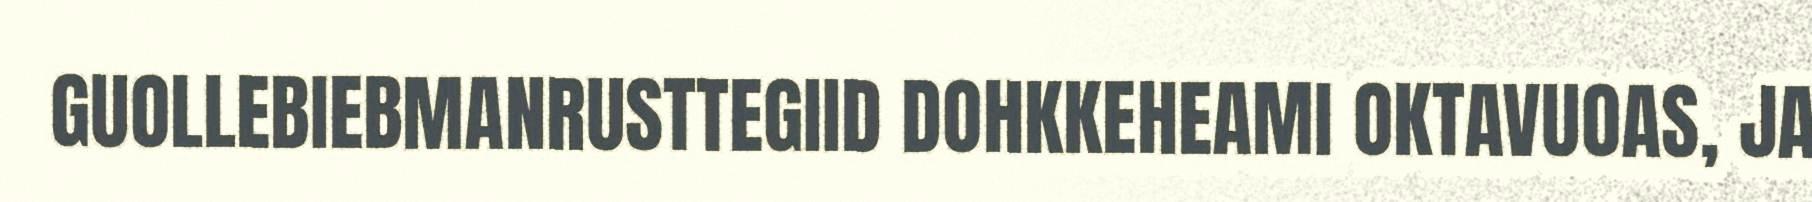
GUOLLEBIEBMANRUSTTEGIID DOHKKEHEAMI OKTAVUOAS, JA